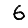
Digit: 6